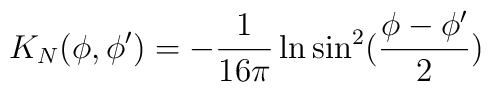
K_N(\phi ,\phi ')=-{1\over 16\pi}\ln \sin^2({\phi-\phi '\over 2})